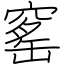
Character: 窰